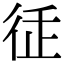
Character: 𢓩